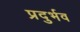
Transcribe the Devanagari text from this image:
प्रदुर्भव